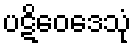
ပဋိဝေဒေသုံ